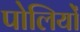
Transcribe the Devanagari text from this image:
पोलियों